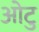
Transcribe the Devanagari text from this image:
ओटु